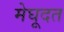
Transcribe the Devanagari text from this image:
मेघूदत